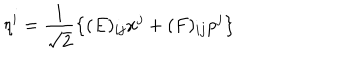
\eta ^ { i } = \frac { 1 } { \sqrt { 2 } } \left\{ ( E ) _ { i j } x ^ { j } + ( F ) _ { i j } p ^ { j } \right\} \hspace { 0 . 1 5 c m } .